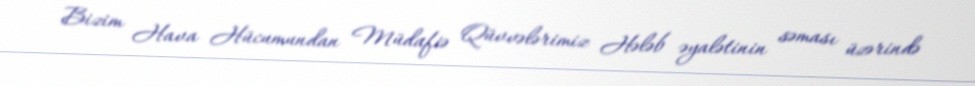
Bizim Hava Hücumundan Müdafiə Qüvvələrimiz Hələb əyalətinin səması üzərində